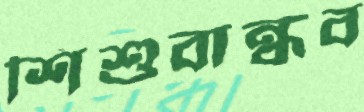
শিশুবান্ধব